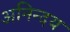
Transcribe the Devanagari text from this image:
अनिन्दय